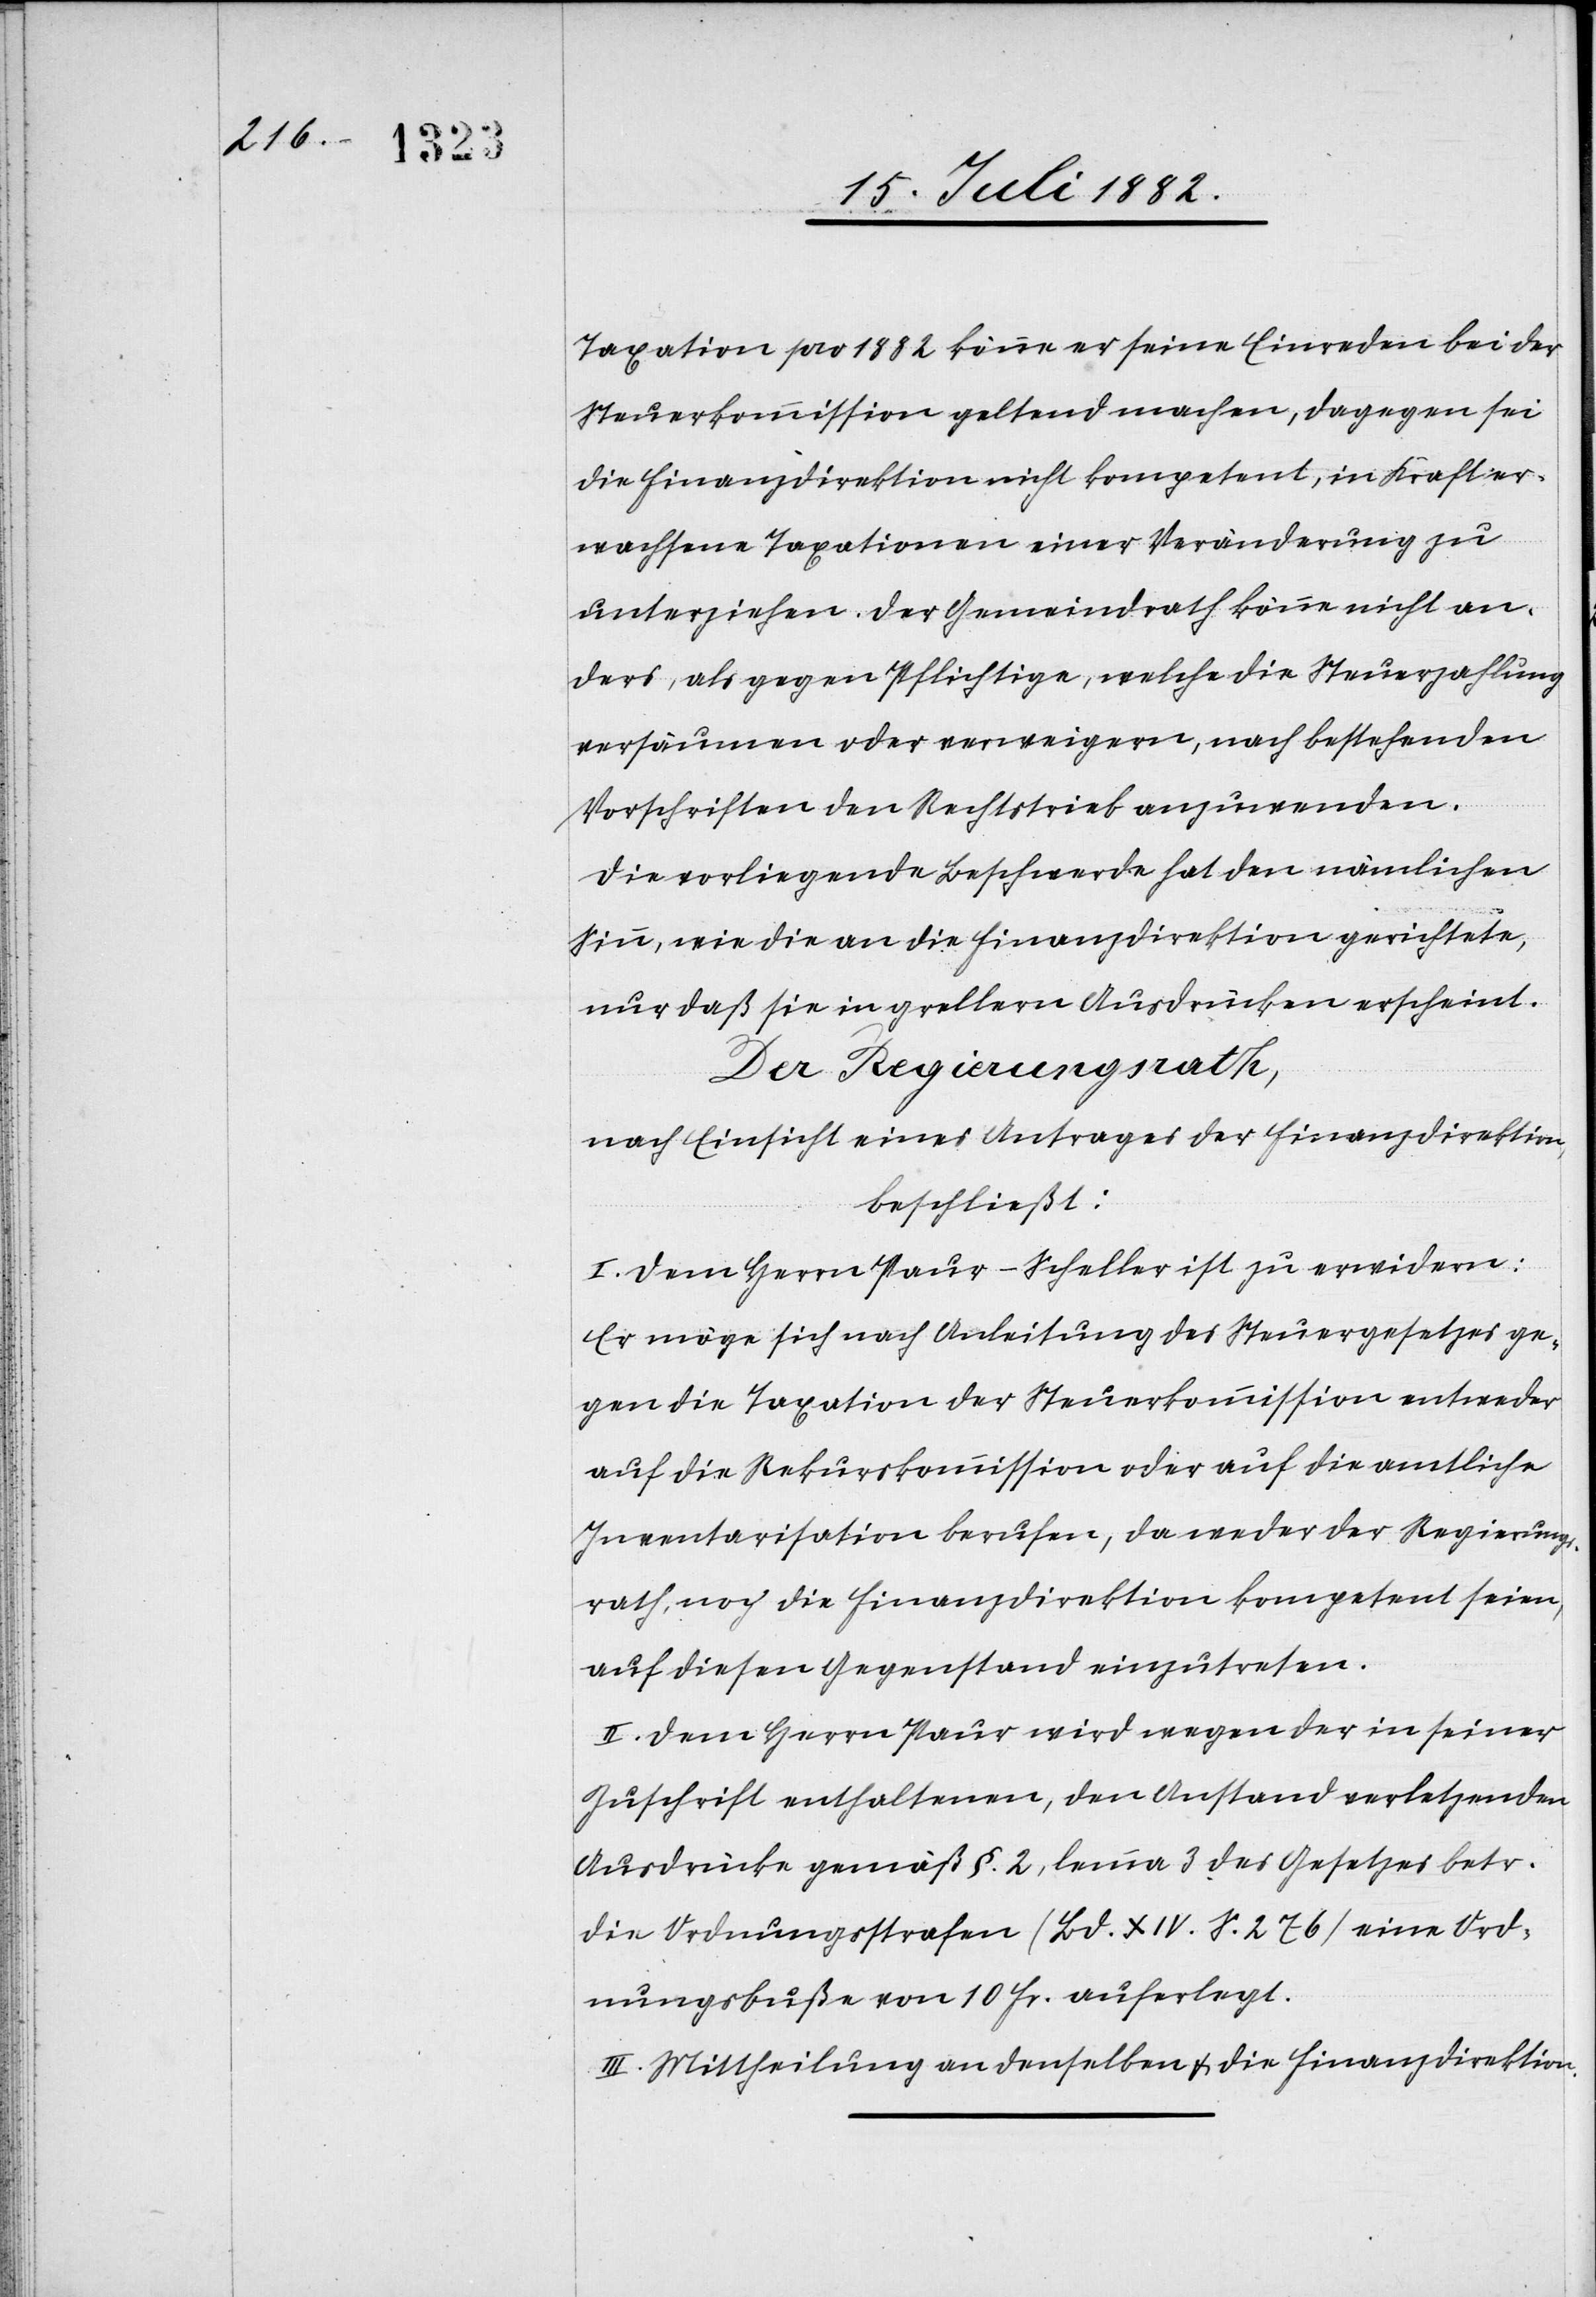
Taxation pro 1882 könne er seine Einreden bei der
Steuerkommission geltend machen, dagegen sei
die Finanzdirektion nicht kompetent, in Kraft er¬
wachsene Taxationen einer Veränderung zu
unterziehen. Der Gemeindrath könne nicht an¬
ders, als gegen Pflichtige, welche die Steuerzahlung
versäumen oder verweigern, nach bestehenden
Vorschriften den Rechtstrieb anzuwenden.
Die vorliegende Beschwerde hat den nämlichen
Sinn, wie die an die Finanzdirektion gerichtete,
nur daß sie in grellern Ausdrücken erscheint.
Der Regierungsrath,
nach Einsicht eines Antrages der Finanzdirektion,
beschließt:
I. Dem Herrn Paur-Scheller ist zu erwidern:
Er möge sich nach Anleitung des Steuergesetzes ge¬
gen die Taxation der Steuerkommission entweder
auf die Rekurskommission oder auf die amtliche
Inventarisation berufen, da weder der Regierungs¬
rath noch die Finanzdirektion kompetent seien,
auf diesen Gegenstand einzutreten.
II. Dem Herrn Paur wird wegen der in seiner
Zuschrift enthaltenen, den Anstand verletzenden
Ausdrücke gemäß §. 2, lemma 3 des Gesetzes betr.
die Ordnungsstrafen (Bd. XIV. S. 276) eine Ord¬
nungsbuße von 10 Fr. auferlegt.
III. Mittheilung an denselben & die Finanzdirektion.